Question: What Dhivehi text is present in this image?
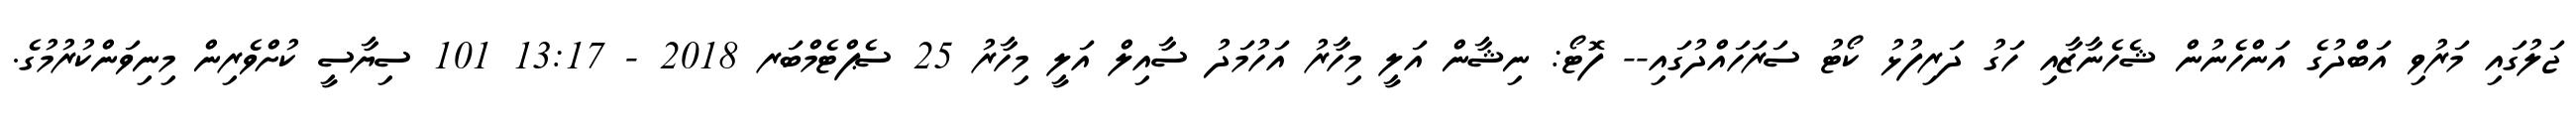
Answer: ޖަލުގައި މަރުވި އަބްދުގެ އަންހެނުން ޝެހެނާޒާއި ހަގު ދަރިފުޅު ކޯޓު ސަރަހައްދުގައި-- ފޮޓޯ: ނިޝާން އަލީ މިހާރު އަހުމަދު ސާއިލް އަލީ މިހާރު 25 ސެޕްޓެމްބަރ 2018 - 13:17 101 ސިޔާސީ ކުށްވެރިން މިނިވަންކުރުމުގެ.